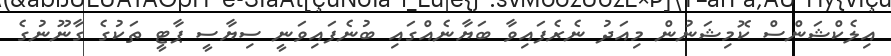
އިލެކްޝަންސް ކޮމިޝަނުން މިއަދު ނެރެފައިވާ ބަޔާނެއްގައި ބުނެފައިވަނީ ސިޔާސީ ޕާޓީ ތަކުގެ ގާނޫނުގެ